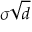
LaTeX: \sigma { \sqrt { d } }